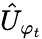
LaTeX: {\hat{U}}_{\varphi_{t}}